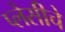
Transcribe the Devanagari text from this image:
प्लेसीचे